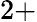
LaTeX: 2+